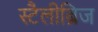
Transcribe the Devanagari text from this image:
स्टैलीब्रिज